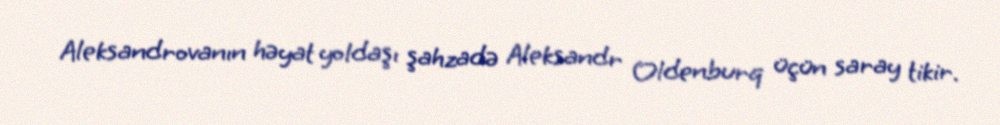
Aleksandrovanın həyat yoldaşı şahzadə Aleksandr Oldenburq üçün saray tikir.